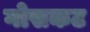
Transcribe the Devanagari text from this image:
गोसकट